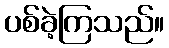
ပစ်ခဲ့ကြသည်။